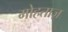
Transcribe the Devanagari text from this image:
मोहताज़